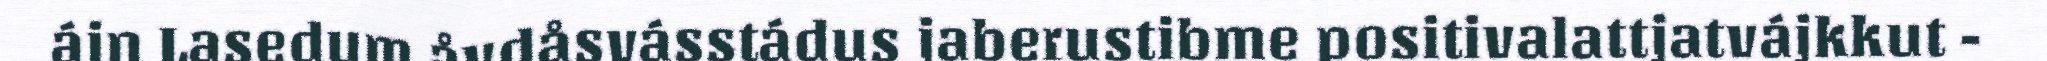
ájn Lasedum åvdåsvásstádus jaberustibme positivalattjatvájkkut -